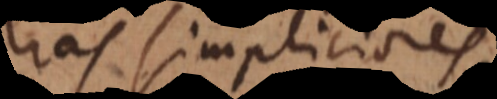
has simpliciores.